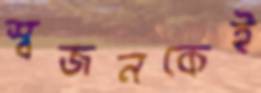
স্বজনকেই